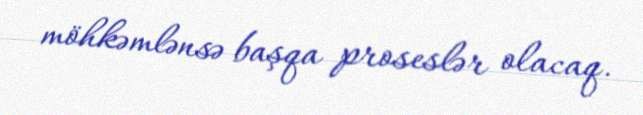
möhkəmlənsə başqa proseslər olacaq.